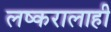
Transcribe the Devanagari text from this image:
लष्करालाही